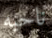
ناحيه